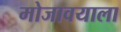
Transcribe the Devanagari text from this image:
मोजावयाला